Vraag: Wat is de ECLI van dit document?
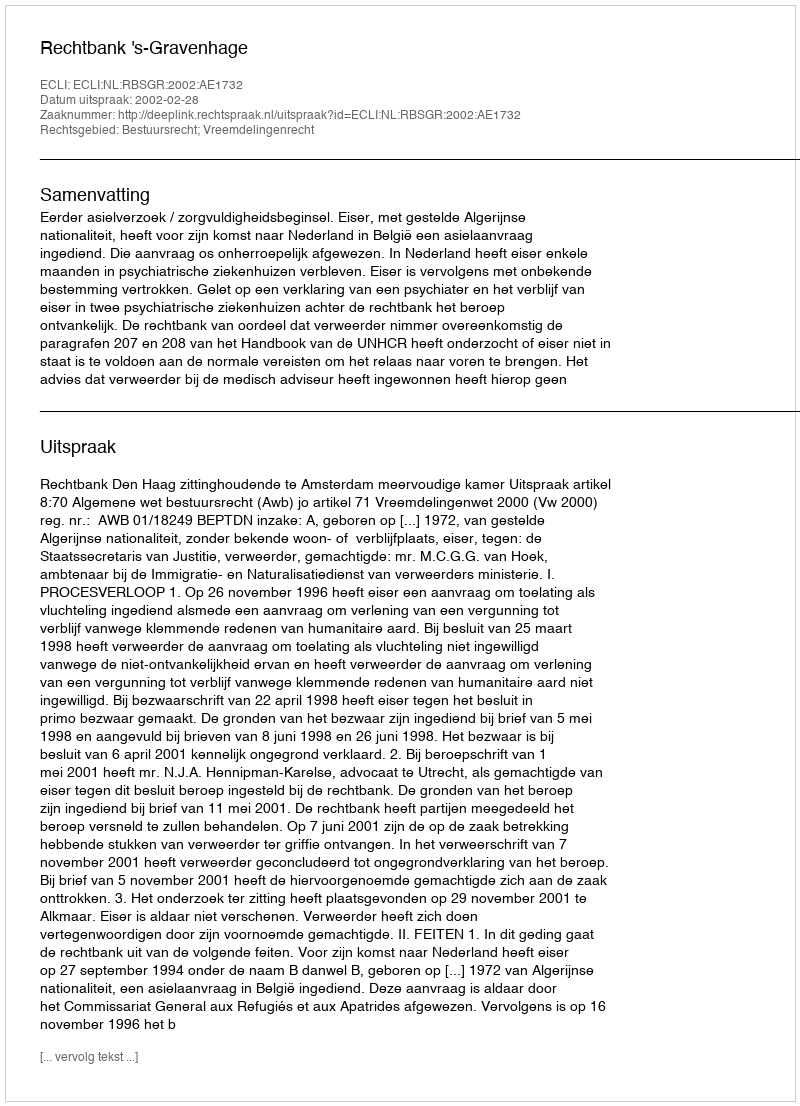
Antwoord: ECLI:NL:RBSGR:2002:AE1732